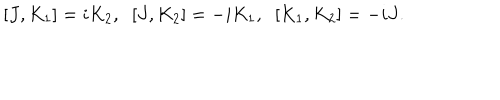
LaTeX: [ J , K _ { 1 } ] = i K _ { 2 } , \; \; [ J , K _ { 2 } ] = - i K _ { 1 } , \; \; [ K _ { 1 } , K _ { 2 } ] = - i J .